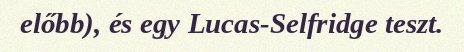
előbb), és egy Lucas-Selfridge teszt.